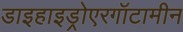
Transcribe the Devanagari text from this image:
डाइहाइड्रोएरगॉटामीन